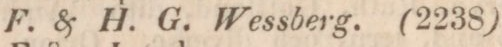
F. & H. G. Wessberg. (2238)